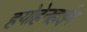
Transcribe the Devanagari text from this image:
हयोहेनहाईम